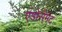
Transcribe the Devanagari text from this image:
एंडोर्समेंट